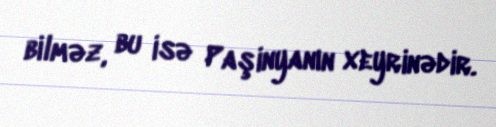
bilməz, bu isə Paşinyanın xeyrinədir.